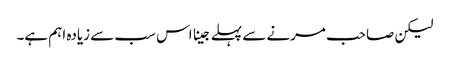
لیکن صاحب مرنے سے پہلے جینا اس سب سے زیادہ اہم ہے۔